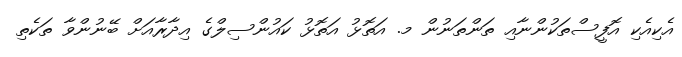
އެކިއެކި އޮފީސްތަކުންނާއި ތަންތަނުން މ. އަތޮޅު އަތޮޅު ކައުންސިލްގެ އިދާރާއަށް ބޭނުންވާ ތަކެތި